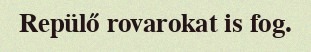
Repülő rovarokat is fog.